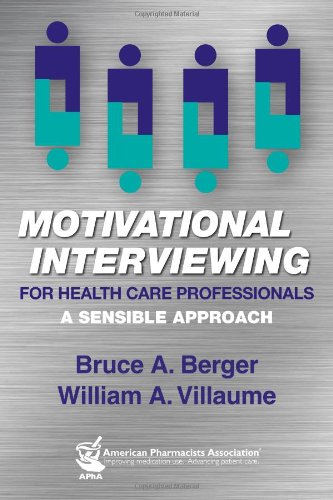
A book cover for Motivational Interviewing for Health Care Professionals; Bruce A. Berger; Medical Books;